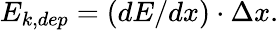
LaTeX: E_{k,dep}=(dE/dx)\cdot\Delta x.